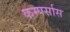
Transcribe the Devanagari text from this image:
कम्पर्सास